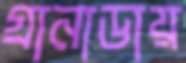
গ্রানাডায়